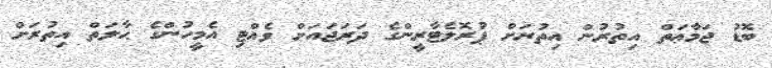
ބޮޑު ޖަމާޢަތް އިތުރުން އިތުރަށް ޕުރޮލެޓާރީންގެ ދަރަޖައަށް ވެއްޓި އެމީހުންގެ ޙާލަތް އިތުރަށް